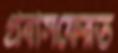
প্রবাসফেরত